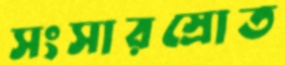
সংসারস্রোত